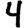
Digit: 4